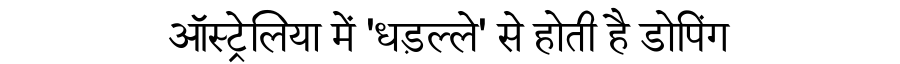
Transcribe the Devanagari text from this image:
ऑस्ट्रेलिया में 'धड़ल्ले' से होती है डोपिंग